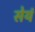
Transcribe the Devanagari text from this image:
सेयं